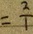
= \frac { 2 } { 1 }